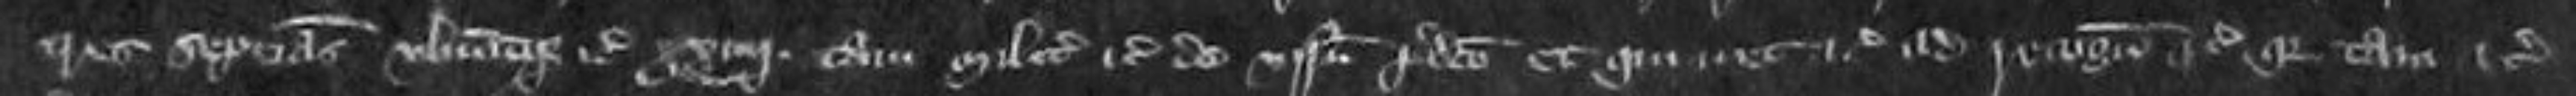
tres septimanas ubicumque etc xxiii tam milites etc de visnetu predicto et qui nec etc ad recognoscendum etc quia tam etc